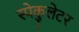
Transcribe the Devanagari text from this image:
स्पेकुलेटर